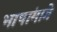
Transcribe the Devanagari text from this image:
भाषांमागे